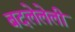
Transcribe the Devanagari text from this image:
बदलेलेली